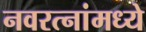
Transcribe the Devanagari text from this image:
नवरत्‍नांमध्ये